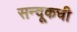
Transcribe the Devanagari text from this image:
सन्दूकची